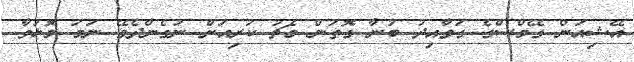
އޭޝިއަން ގޭމްސްގެ ގަވާއިދު ބުނާ ގޮތުން މެޗު ކުރިއަށް ނުގެންދެވޭ ނަމަ މޮޅުވާ